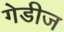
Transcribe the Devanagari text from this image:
गेडीज